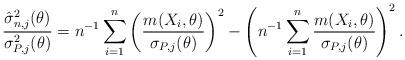
LaTeX: \begin{align*}\frac{\hat\sigma^2_{n,j}(\theta)}{\sigma^2_{P,j}(\theta)}=n^{-1}\sum_{i=1}^n\left(\frac{m(X_i,\theta)}{\sigma_{P,j}(\theta)}\right)^2-\left(n^{-1}\sum_{i=1}^n\frac{m(X_i,\theta)}{\sigma_{P,j}(\theta)}\right)^2.\end{align*}